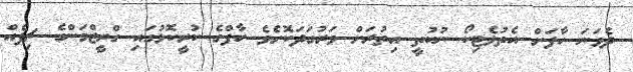
ދެވަނަ ހާފަށް އެތުލެޓިކޯ ނުކުތީ އިތުރަށް ވަރުގަދަކޮށެވެ ހާފްގެ ކުރީކޮޅުގައި ގްރީޒްމަންގެ ޗިޕެއް